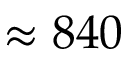
\approx 8 4 0